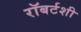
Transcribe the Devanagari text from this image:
रॉबर्टशी